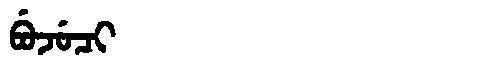
Manchu: ᠪᡠᠵᡠᠴᡳ
Romanization: BUJUCI